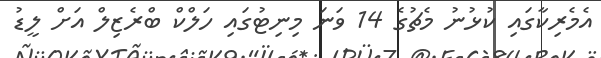
އެމެރިކާގައި ކުޅުނު މެޗުގެ 14 ވަނަ މިނިޓުގައި ހަލްކް ބްރެޒިލް އަށް ލީޑު